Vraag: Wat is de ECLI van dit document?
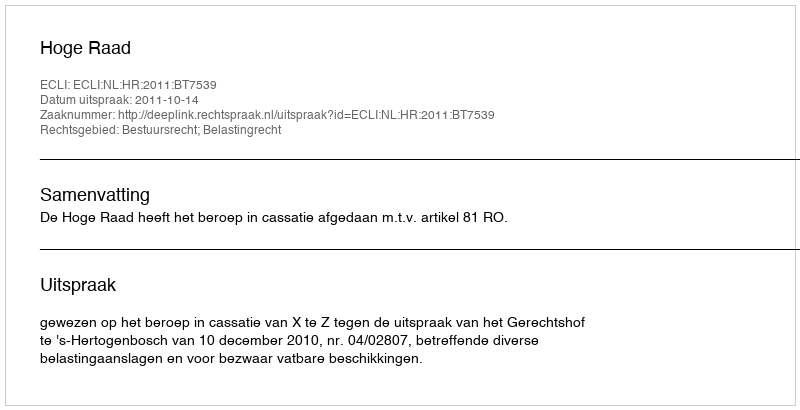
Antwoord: ECLI:NL:HR:2011:BT7539